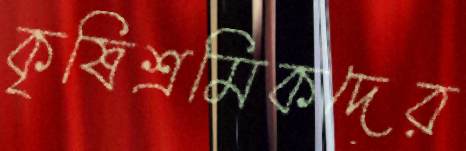
কৃষিশ্রমিকদের